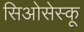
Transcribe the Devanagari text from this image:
सिओसेस्कू